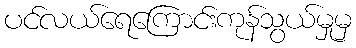
ပင်လယ်ရေကြောင်းကုန်သွယ်မှုမှ